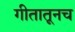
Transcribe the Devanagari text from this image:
गीतातूनच